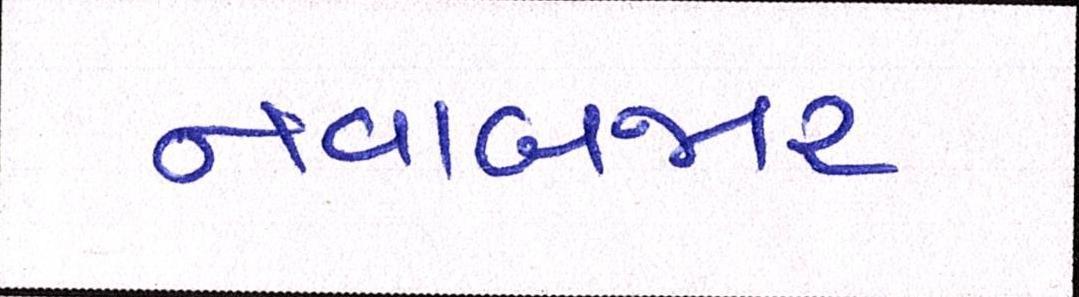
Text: નવાબજાર